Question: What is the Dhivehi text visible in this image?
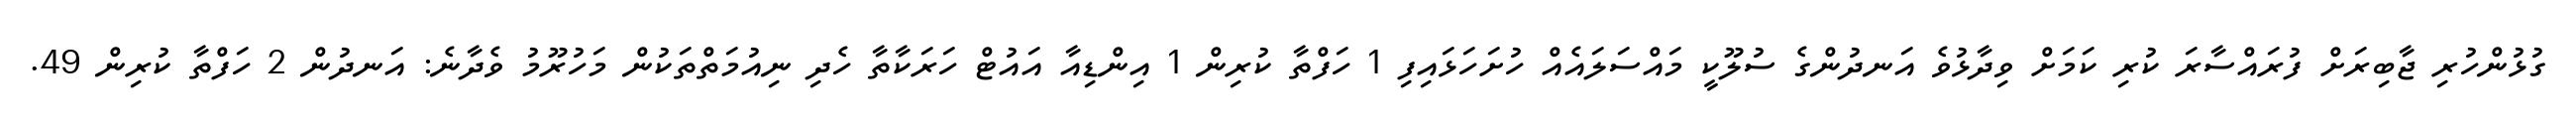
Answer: ގުޅުންހުރި ޖާބިރަށް ފުރައްސާރަ ކުރި ކަމަށް ވިދާޅުވެ އަނދުންގެ ސުލޫކީ މައްސަލައެއް ހުށަހަޅައިފި 1 ހަފްތާ ކުރިން 1 އިންޑިއާ އައުޓް ހަރަކާތާ ހެދި ނިއުމަތްތަކުން މަހުރޫމު ވެދާނެ: އަނދުން 2 ހަފްތާ ކުރިން 49.